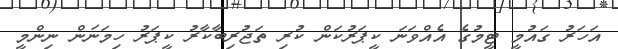
އަހަރު ގައުމީ ޓީމުގެ އެއްވަނަ ކީޕަރުކަން ކުރި ތަޖުރިބާކާރު ކީޕަރު ހިމަނަން ނިންމީ